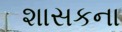
શાસકના